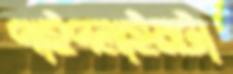
পাইপলাইনটা